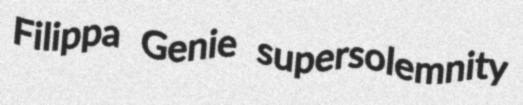
Filippa Genie supersolemnity